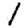
Digit: 1